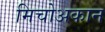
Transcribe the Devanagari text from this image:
मिचोअकान